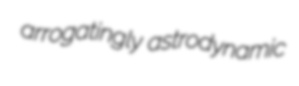
arrogatingly astrodynamic